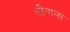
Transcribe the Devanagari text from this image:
थीयाला